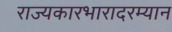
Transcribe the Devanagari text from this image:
राज्यकारभारादरम्यान